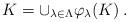
LaTeX: \begin{align*}K=\cup_{\lambda\in\Lambda}\varphi_{\lambda}(K)\:.\end{align*}